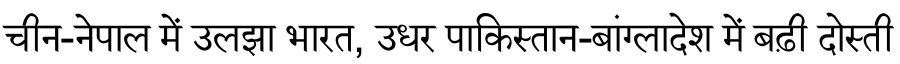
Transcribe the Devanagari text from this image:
चीन-नेपाल में उलझा भारत, उधर पाकिस्तान-बांग्लादेश में बढ़ी दोस्ती